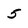
Character: 5